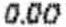
0.00